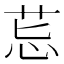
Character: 𦮤